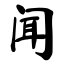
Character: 闻